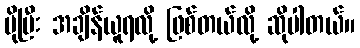
ပိုပြီး အချိန်ယူရလို့ ဖြစ်တယ်လို့ ဆိုပါတယ်။